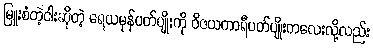
မြူးစံတဲ့ငါးဆိုတဲ့ ရေယမုန်ပတ်ပျိုးကို ဝိဇယကာရီပတ်ပျိုးကလေးလို့လည်း